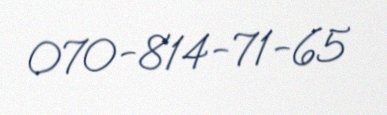
070-814-71-65